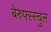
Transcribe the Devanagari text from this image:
बेरुफ्स्स्चुल